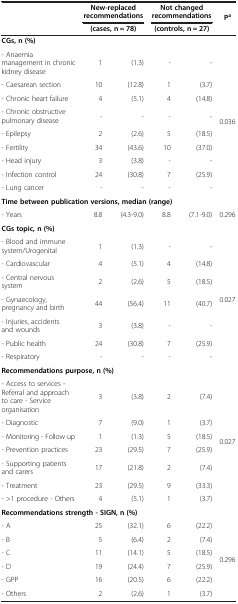
<table><thead><tr><td rowspan="2"><b> </b></td><td colspan="2"><b>New-replaced recommendations</b></td><td colspan="2"><b>Not changed recommendations</b></td><td rowspan="2"><b>P<sup>a</sup></b></td></tr><tr><td colspan="2"><b>(cases, n = 78)</b></td><td colspan="2"><b>(controls, n = 27)</b></td></tr></thead><tbody><tr><td colspan="6"><b>CGs, n (%)</b></td></tr><tr><td>- Anaemia management in chronic kidney disease</td><td>1</td><td>(1.3)</td><td>-</td><td>-</td><td rowspan="9">0.036</td></tr><tr><td>- Caesarean section</td><td>10</td><td>(12.8)</td><td>1</td><td>(3.7)</td></tr><tr><td>- Chronic heart failure</td><td>4</td><td>(5.1)</td><td>4</td><td>(14.8)</td></tr><tr><td>- Chronic obstructive pulmonary disease</td><td>-</td><td>-</td><td>-</td><td>-</td></tr><tr><td>- Epilepsy</td><td>2</td><td>(2.6)</td><td>5</td><td>(18.5)</td></tr><tr><td>- Fertility</td><td>34</td><td>(43.6)</td><td>10</td><td>(37.0)</td></tr><tr><td>- Head injury</td><td>3</td><td>(3.8)</td><td>-</td><td>-</td></tr><tr><td>- Infection control</td><td>24</td><td>(30.8)</td><td>7</td><td>(25.9)</td></tr><tr><td>- Lung cancer</td><td>-</td><td>-</td><td>-</td><td>-</td></tr><tr><td colspan="6"><b>Time between publication versions, median (range)</b></td></tr><tr><td>- Years</td><td>8.8</td><td>(4.3-9.0)</td><td>8.8</td><td>(7.1-9.0)</td><td>0.296</td></tr><tr><td colspan="6"><b>CGs topic, n (%)</b></td></tr><tr><td>- Blood and immune system/Urogenital</td><td>1</td><td>(1.3)</td><td>-</td><td>-</td><td rowspan="7">0.027</td></tr><tr><td>- Cardiovascular</td><td>4</td><td>(5.1)</td><td>4</td><td>(14.8)</td></tr><tr><td>- Central nervous system</td><td>2</td><td>(2.6)</td><td>5</td><td>(18.5)</td></tr><tr><td>- Gynaecology, pregnancy and birth</td><td>44</td><td>(56.4)</td><td>11</td><td>(40.7)</td></tr><tr><td>- Injuries, accidents and wounds</td><td>3</td><td>(3.8)</td><td>-</td><td>-</td></tr><tr><td>- Public health</td><td>24</td><td>(30.8)</td><td>7</td><td>(25.9)</td></tr><tr><td>- Respiratory</td><td>-</td><td>-</td><td>-</td><td>-</td></tr><tr><td colspan="6"><b>Recommendations purpose, n (%)</b></td></tr><tr><td>- Access to services - Referral and approach to care - Service organisation</td><td>3</td><td>(3.8)</td><td>2</td><td>(7.4)</td><td rowspan="7">0.027</td></tr><tr><td>- Diagnostic</td><td>7</td><td>(9.0)</td><td>1</td><td>(3.7)</td></tr><tr><td>- Monitoring - Follow up</td><td>1</td><td>(1.3)</td><td>5</td><td>(18.5)</td></tr><tr><td>- Prevention practices</td><td>23</td><td>(29.5)</td><td>7</td><td>(25.9)</td></tr><tr><td>- Supporting patients and carers</td><td>17</td><td>(21.8)</td><td>2</td><td>(7.4)</td></tr><tr><td>- Treatment</td><td>23</td><td>(29.5)</td><td>9</td><td>(33.3)</td></tr><tr><td>- &gt;1 procedure - Others</td><td>4</td><td>(5.1)</td><td>1</td><td>(3.7)</td></tr><tr><td colspan="6"><b>Recommendations strength - SIGN, n (%)</b></td></tr><tr><td>- A</td><td>25</td><td>(32.1)</td><td>6</td><td>(22.2)</td><td rowspan="6">0.296</td></tr><tr><td>- B</td><td>5</td><td>(6.4)</td><td>2</td><td>(7.4)</td></tr><tr><td>- C</td><td>11</td><td>(14.1)</td><td>5</td><td>(18.5)</td></tr><tr><td>- D</td><td>19</td><td>(24.4)</td><td>7</td><td>(25.9)</td></tr><tr><td>- GPP</td><td>16</td><td>(20.5)</td><td>6</td><td>(22.2)</td></tr><tr><td>- Others</td><td>2</td><td>(2.6)</td><td>1</td><td>(3.7)</td></tr></tbody></table>